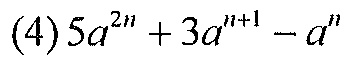
(4) \(5a^{2n}+3a^{n + 1}-a^{n}\)